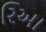
રિઆ